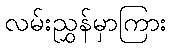
လမ်းညွှန်မှာကြား